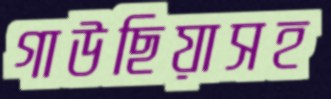
গাউছিয়াসহ